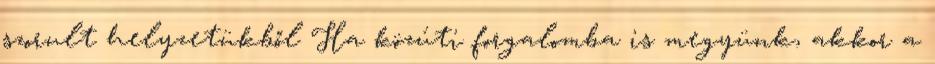
szorult helyzetükből Ha közúti forgalomba is megyünk, akkor a